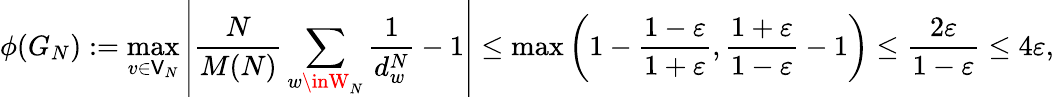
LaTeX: \phi(G_{N}):=\operatorname*{max}_{v\in\mathsf{V}_{N}}\left\lvert\frac{{N}}{{M(N)}}\sum_{w\inW_{N}}\frac{{1}}{{d_{w}^{N}}}-1\right\rvert\leq\operatorname*{max}\left(1-\frac{{1-\varepsilon}}{{1+\varepsilon}},\frac{{1+\varepsilon}}{{1-\varepsilon}}-1\right)\leq\frac{{2\varepsilon}}{{1-\varepsilon}}\leq4\varepsilon,